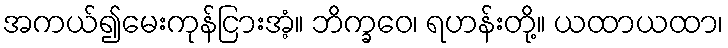
အကယ်၍မေးကုန်ငြားအံ့။ ဘိက္ခဝေ၊ ရဟန်းတို့။ ယထာယထာ၊